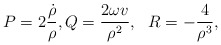
\begin{align*}P=2\frac{\dot{\rho}}{\rho},Q=\frac{2\omega v}{\rho^{2}},\text{\ \ }R=-\frac{4}{\rho^{3}},\end{align*}